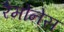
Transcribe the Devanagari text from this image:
रैमोनेस